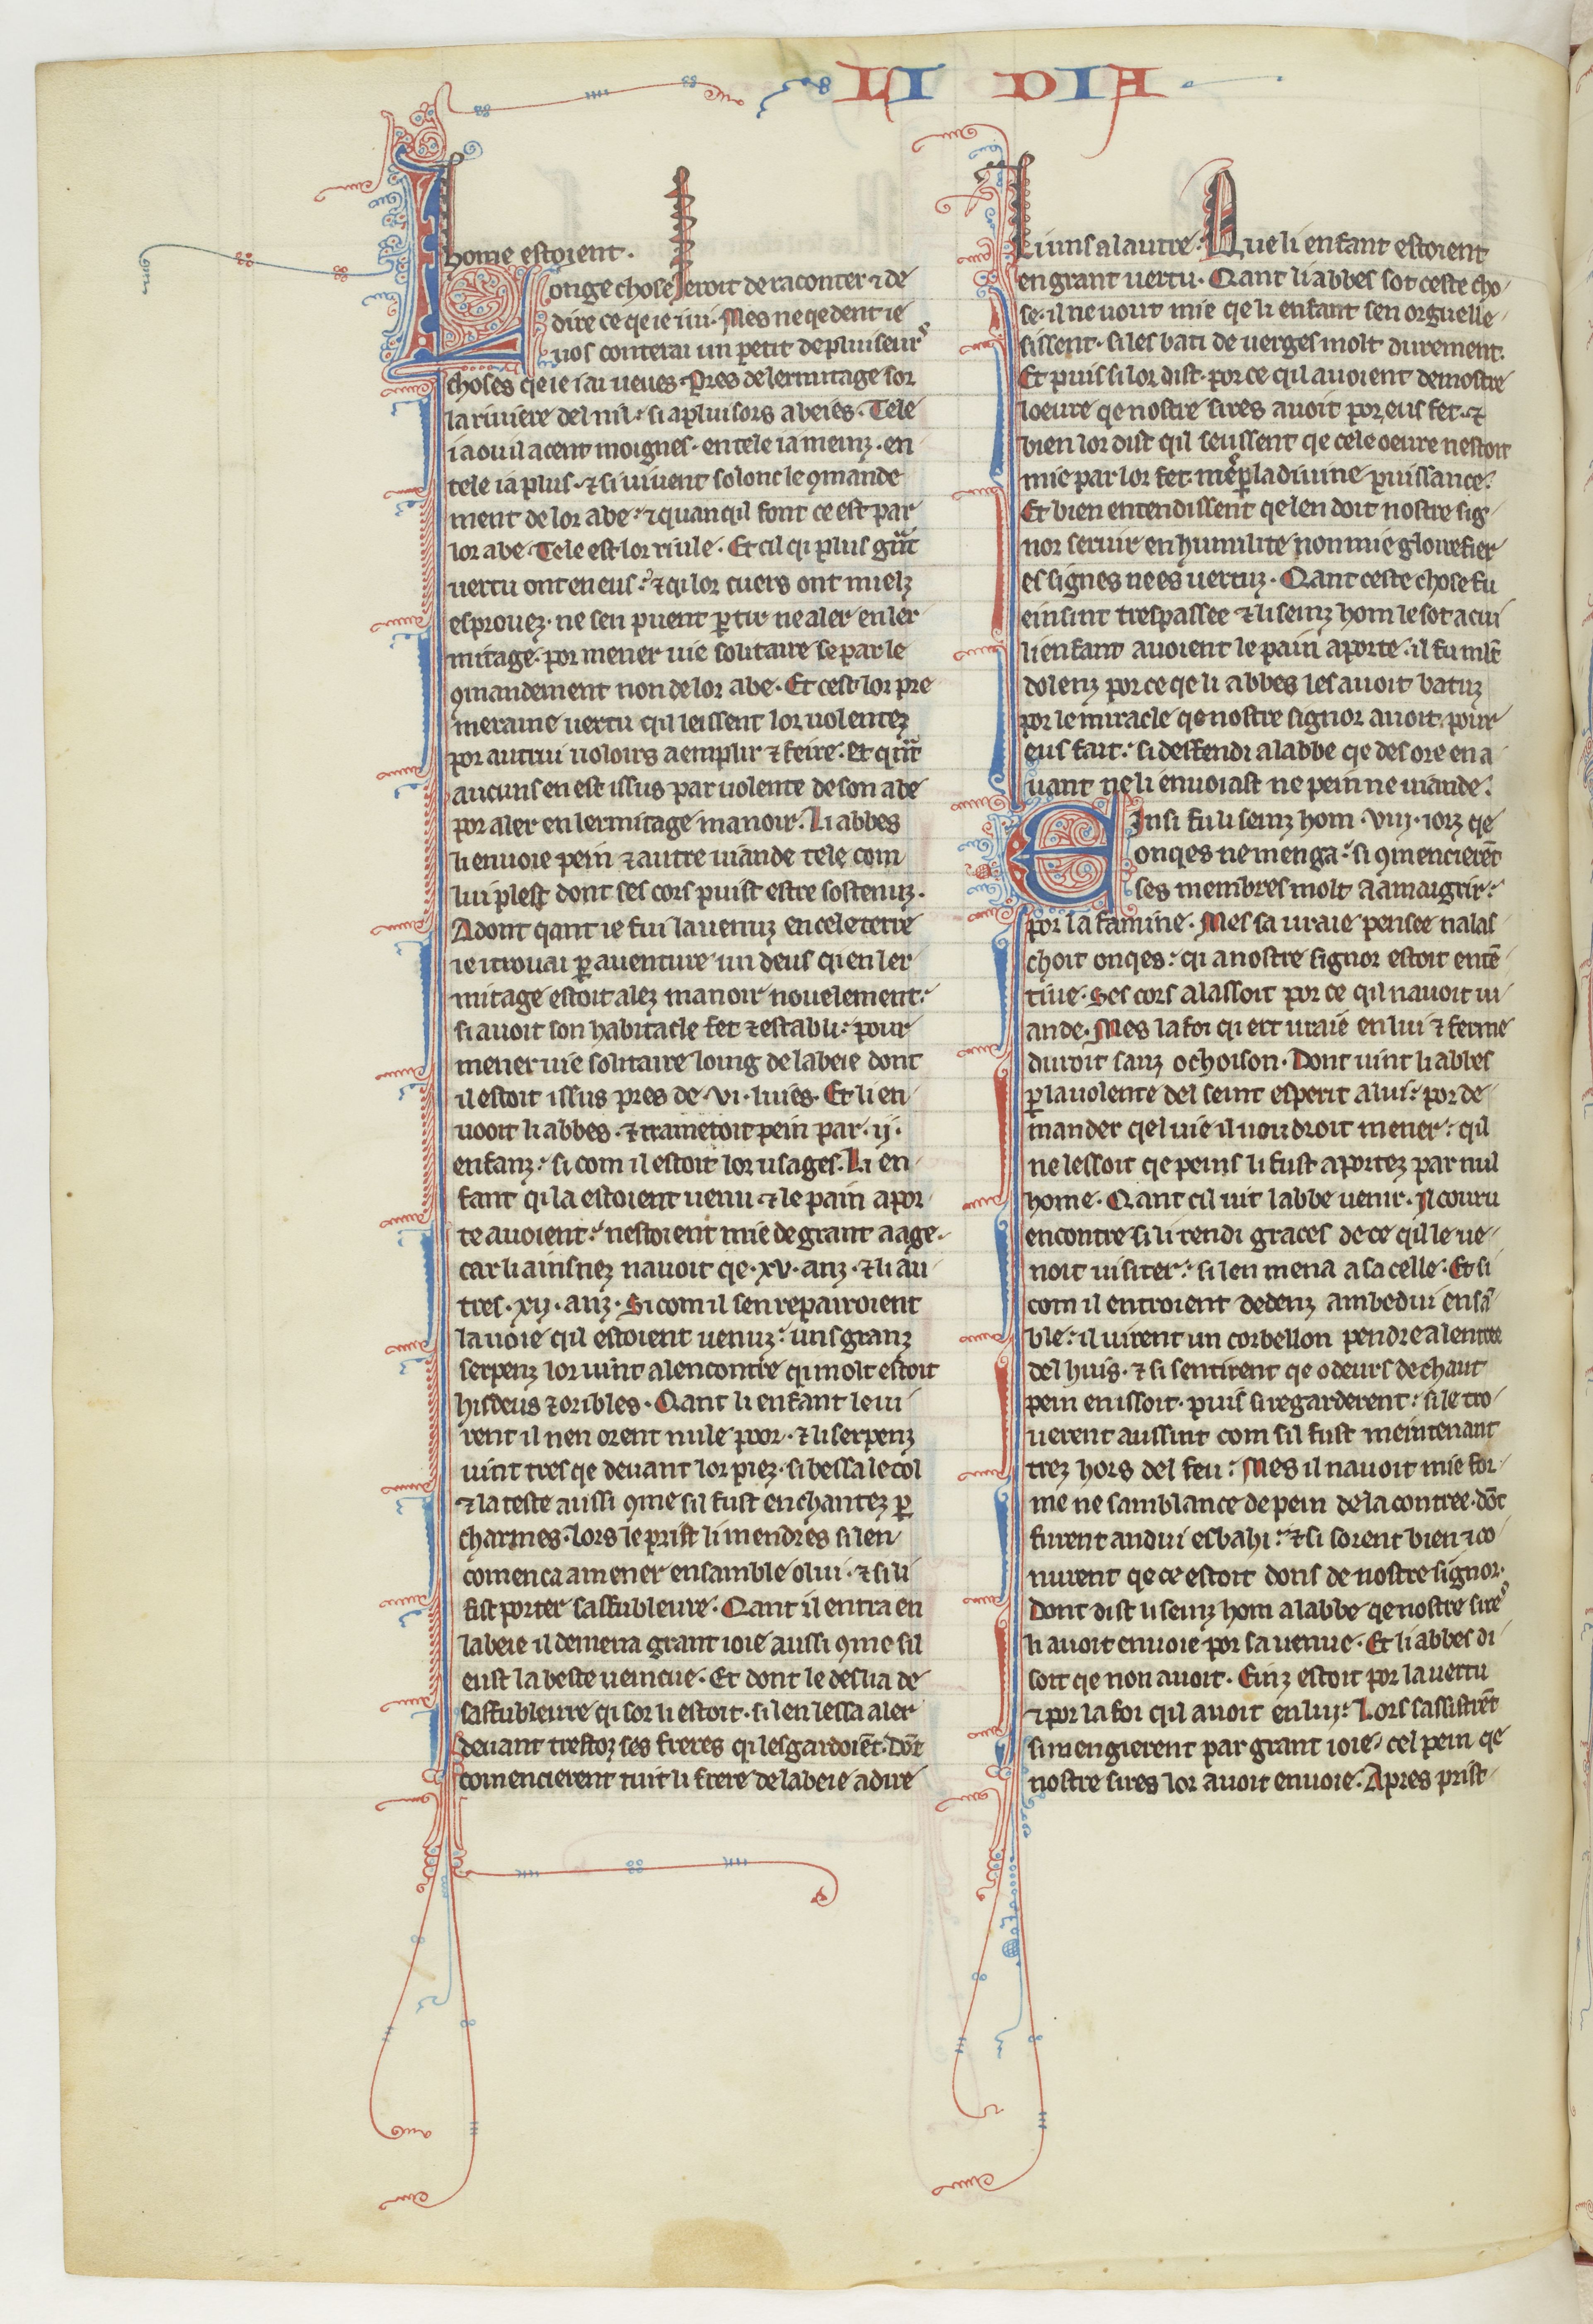
Shelfmark: Paris, BnF, fr. 412
Century: 13